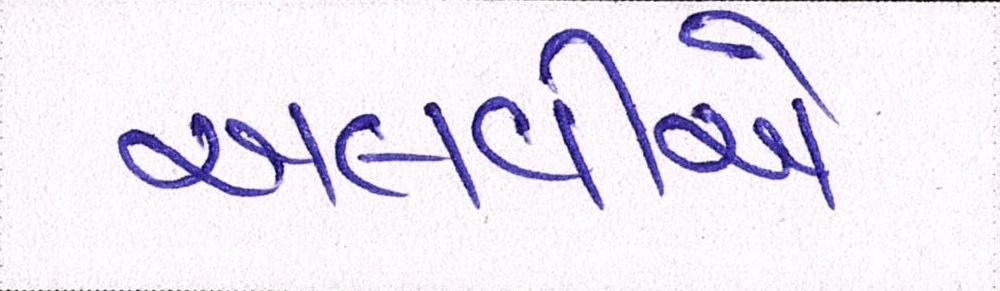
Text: અલવીએ